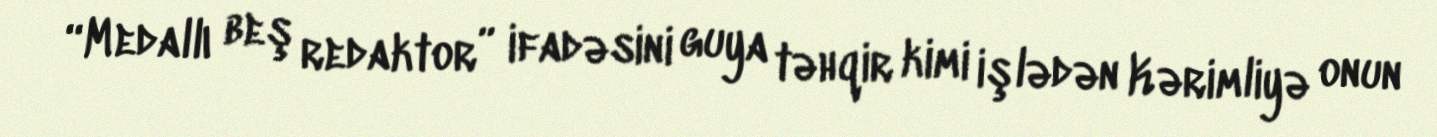
“Medallı beş redaktor” ifadəsini guya təhqir kimi işlədən Kərimliyə onun